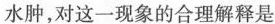
水肿，对这一现象的合理解释是